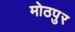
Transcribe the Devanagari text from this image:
मोठपुर